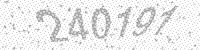
Solution: 240191